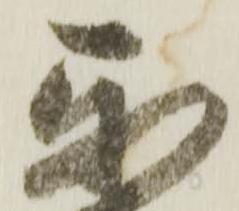
我